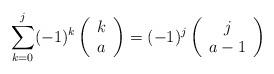
LaTeX: \begin{align*}\sum_{k=0}^{j}(-1)^{k}\left(\begin{array}{c}k\\a\end{array}\right)=(-1)^{j}\left(\begin{array}{c}j\\a-1\end{array}\right)\end{align*}